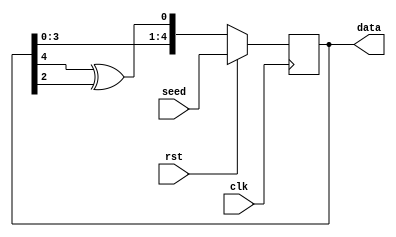
module fib_lfsr(
  input  clk,
  input  rst,
  output reg [4:0] data,
  input [4:0] seed
);

always @(posedge clk)
  if (~rst) 
    data = {data[3:0], data[4] ^ data[2]} ;
  else
    data = seed;
endmodule